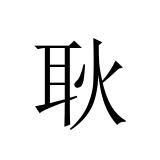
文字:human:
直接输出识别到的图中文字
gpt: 耿